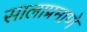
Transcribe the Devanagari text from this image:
सालाप्रमाणे